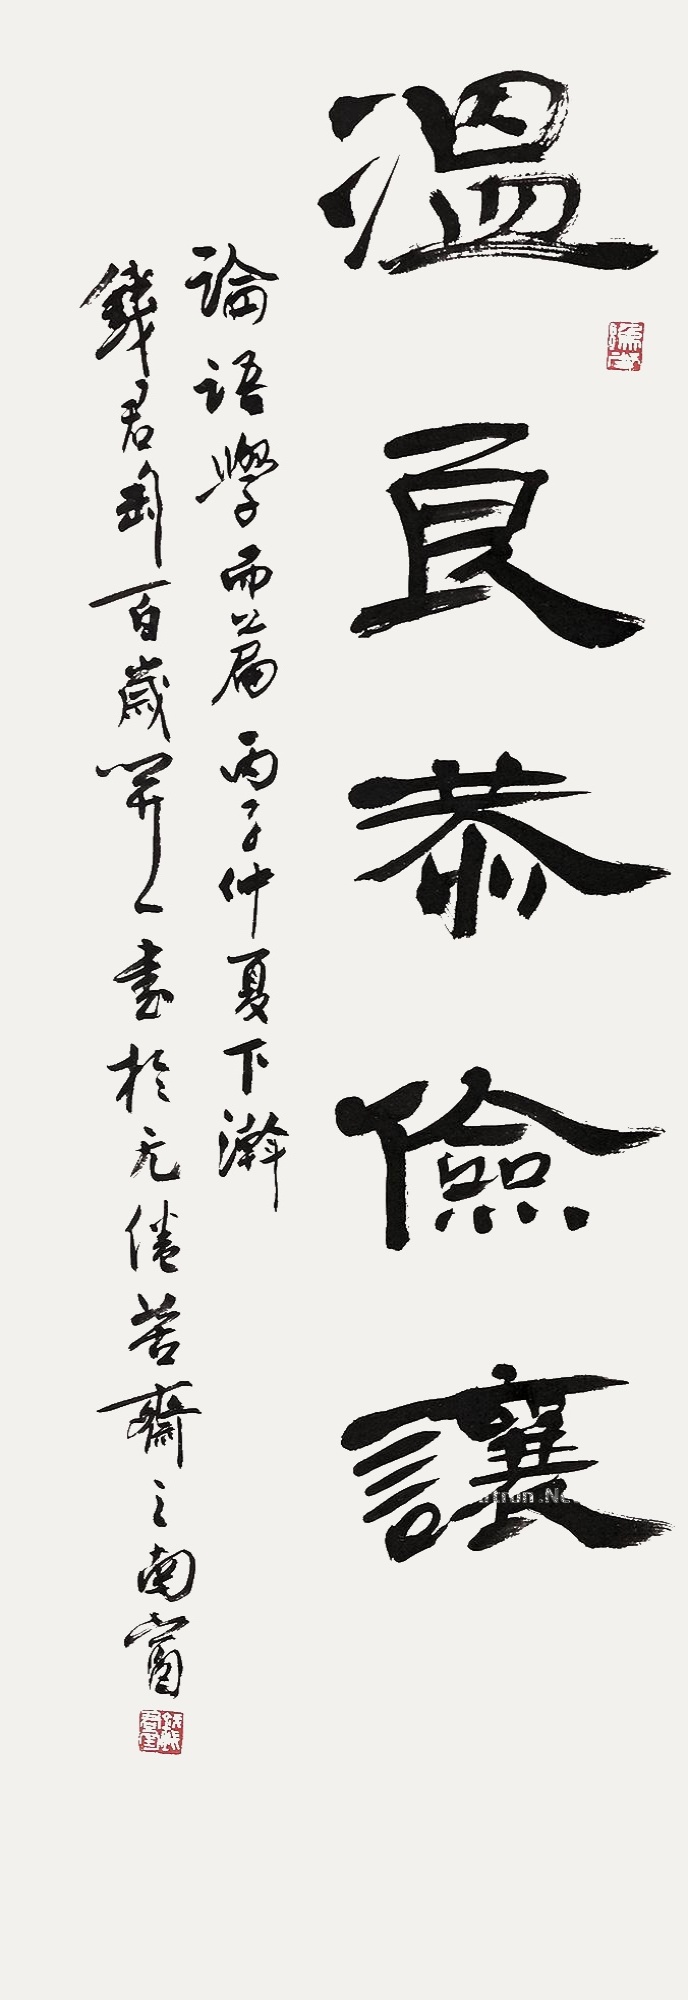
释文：温良恭俭让。《论语学而篇》丙子（1996）仲夏下瀚，钱君匋百岁开一书于无倦苦斋之南窗。